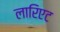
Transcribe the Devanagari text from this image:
लारिएट